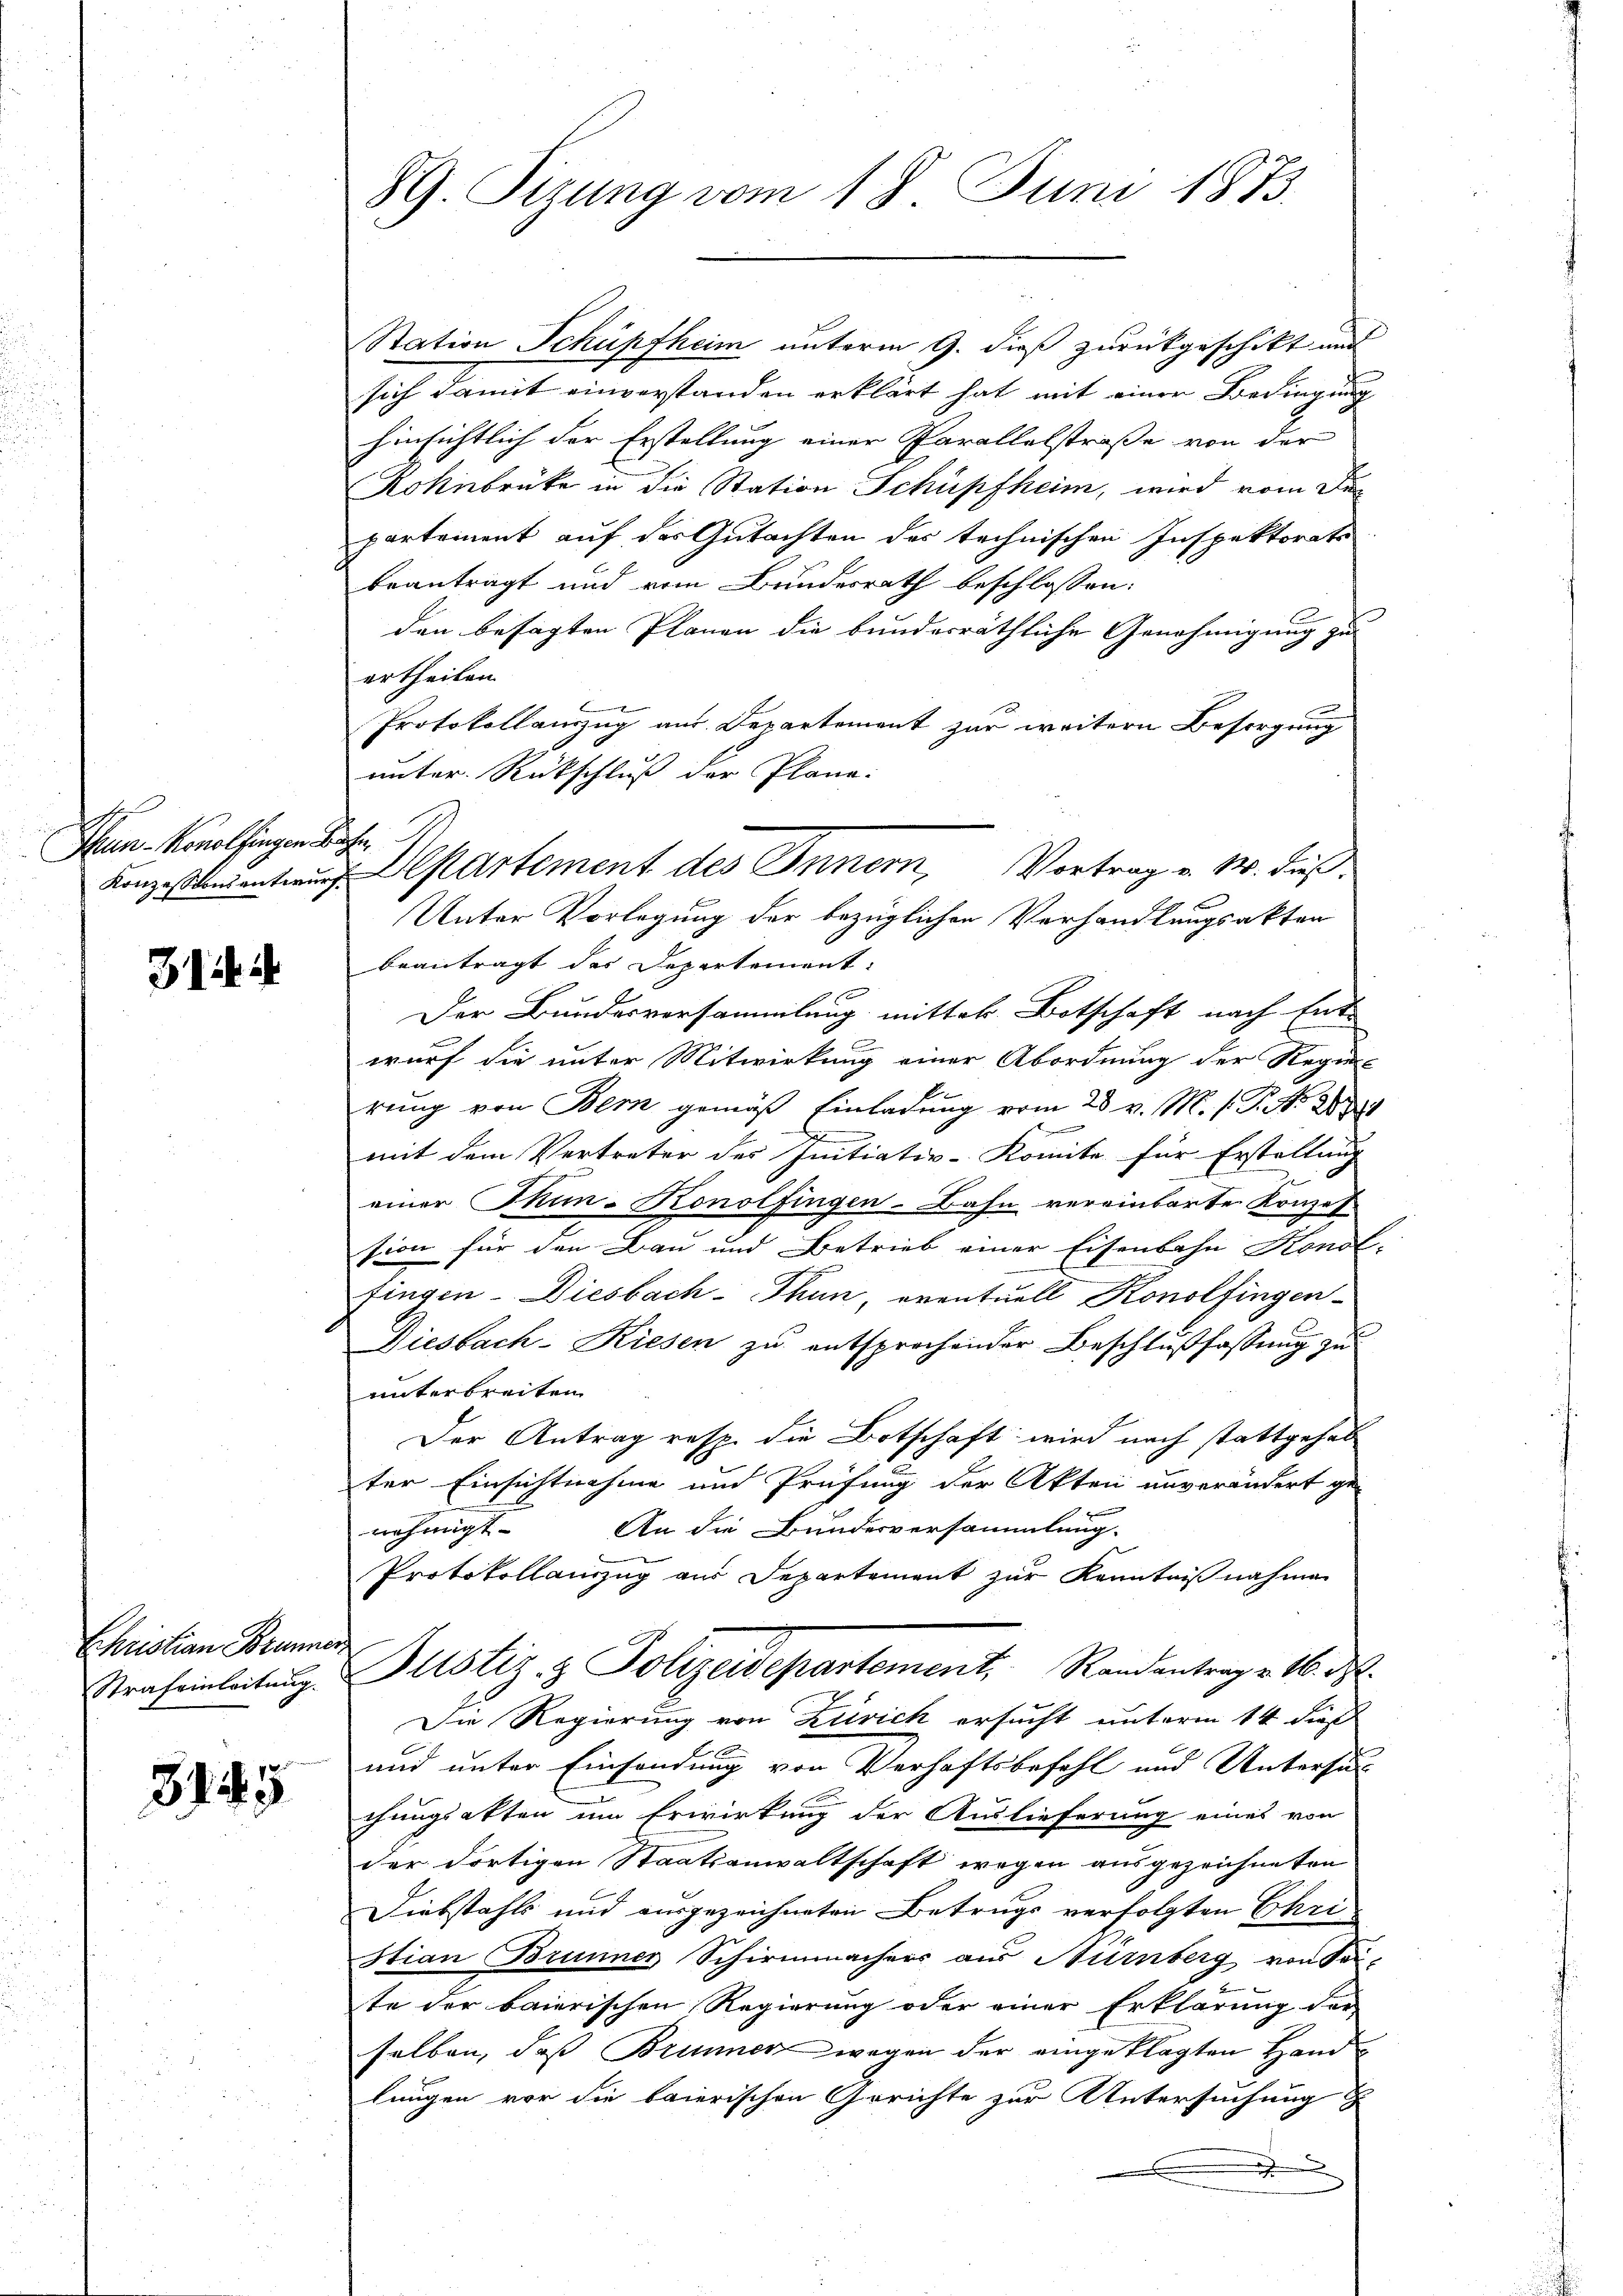
Thun-Konolfingen Sache

3.11.

Schristian Brunner
Strafeinleitung

345

Station Schüpfheim unterm 9. dieß zurückgeschikt und
sich damit einverstanden erklärt hat mit einer Bedingung
hinsichtlich der Erstellung einer Parallelstraße von der
Kohnbrücke in die Station Schüpfheim, wird vom Departement auf das Gutachten des technischen Inspektorats
beantragt und vom Bundesrath beschlossen:
den besagten Planen die bunderräthliche Genehmigung zu
ertheilen.
t
Protokollauszug aus Departement zur weitern Besorgung
unter Rückschluß der Plana-
Unter Vorlegung der bezüglichen Verhandlungsakten
beantragt des Departement:
n
Der Bundesversammlung mittel Botschaft nach Entwurf die unter Mitwirkung einer Abordnung der Regie-
rung von Bern gemäß Einladung vom 28 v. M. h. T. No 2633
d
mit dem Vertreter des Initiativ-Komite für Erstellung
einer Skin-Konolfingen-Bahn vereinbarte Konzes
sion für den Bau und Betrieb einer Eisenbahn Kondl-
fingen- Diesbach Thun, eventuell Konolfingen
Diesbach-Riesen zu entsprochender Beschlußfassung zu
unterbreiten
Der Antrag resp. die Botschaft wird nach stattgehab
ter Einsichtnahme und Prüfung der Akten unverändert ge-
An die Bundesversammlung.
nehmigt. |
Protokollauszug aus Departement zur Kenntnißnahmen
Justiz- & Polizeidepartement, Randantrage 16. d.
Die Regierung von Zürich ersucht unterm 14 dieß
und unter Einsendung von Verhaftsbefehl und Untersu
chungsakten um Erwirkung der Auslieferung eines von
der dortigen Staatsanwaltschaft wegen ausgezeichneten
Diebstahls und ausgezeichneten Betrugs verfolgten Ehri-
stian Brunner Schirmmachers aus Nürnberg von Sei-
te der baierischen Regierung oder einer Erklärung der
selben, daß Brunner wegen der eingeklagten Handlungen vor die baierischen Gerichte zur Untersuchung
a

89. Sizung vom 18. Juni 1873.

Konzestenten Departement des Innern, Vortrag v. M. dieß.